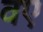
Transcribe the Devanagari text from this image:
वए